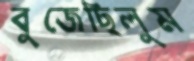
বুজেছিলুম